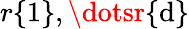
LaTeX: r\{ 1\} ,\dotsr\{ \mathrm{d}\}